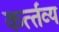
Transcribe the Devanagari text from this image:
कर्त्‍तव्‍य